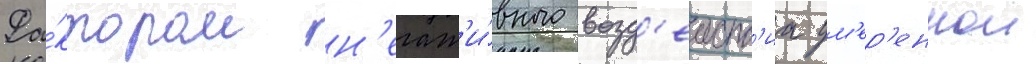
Фа́ктором н'егат'и́вного возд'еиств'иа ум'ер'еннои